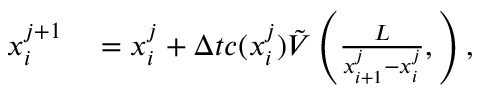
\begin{array} { r l } { x _ { i } ^ { j + 1 } } & { { } = x _ { i } ^ { j } + \Delta t c ( x _ { i } ^ { j } ) \tilde { V } \left( \frac { L } { x _ { i + 1 } ^ { j } - x _ { i } ^ { j } } , \right) , } \end{array}